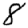
Digit: 8